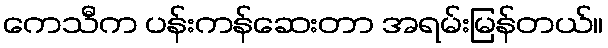
ကေသီက ပန်းကန်ဆေးတာ အရမ်းမြန်တယ်။